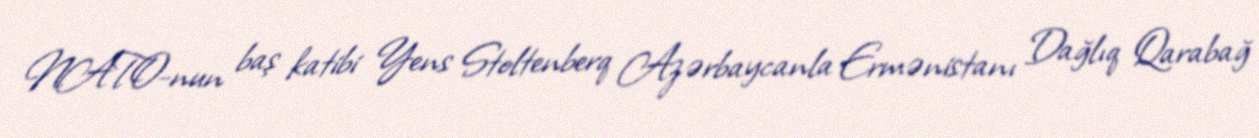
NATO-nun baş katibi Yens Stoltenberq Azərbaycanla Ermənistanı Dağlıq Qarabağ